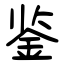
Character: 鉴